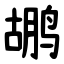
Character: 鹕